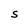
Character: S